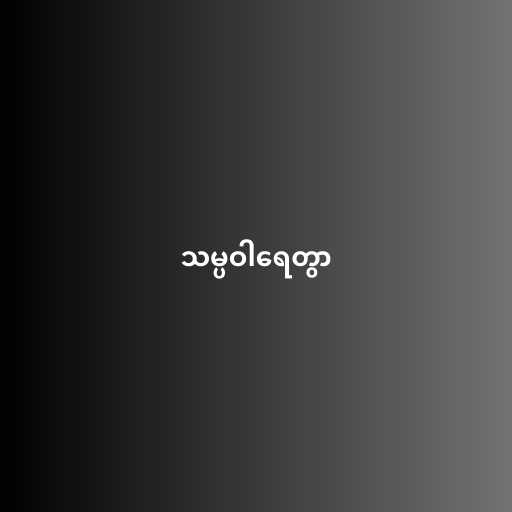
သမ္ပဝါရေတွာ